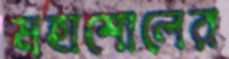
মহাশোলের